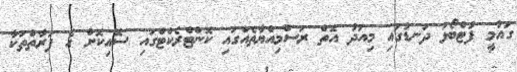
ގައުމީ ފުޓްބޯޅަ ދަނޑުގައި މިއަދު އޮތް ރަސްމިއްޔާތެއްގައި ކޮންޓްރެކްޓްގައި ސޮއިކޮށް އެ ފަރާތްތަކާ